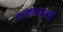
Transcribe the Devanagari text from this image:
जन्‍मशताब्‍दी